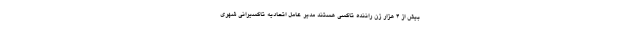
بیش از ۴ هزار زن راننده تاکسی هستند مدیر عامل اتحادیه تاکسیرانی شهری